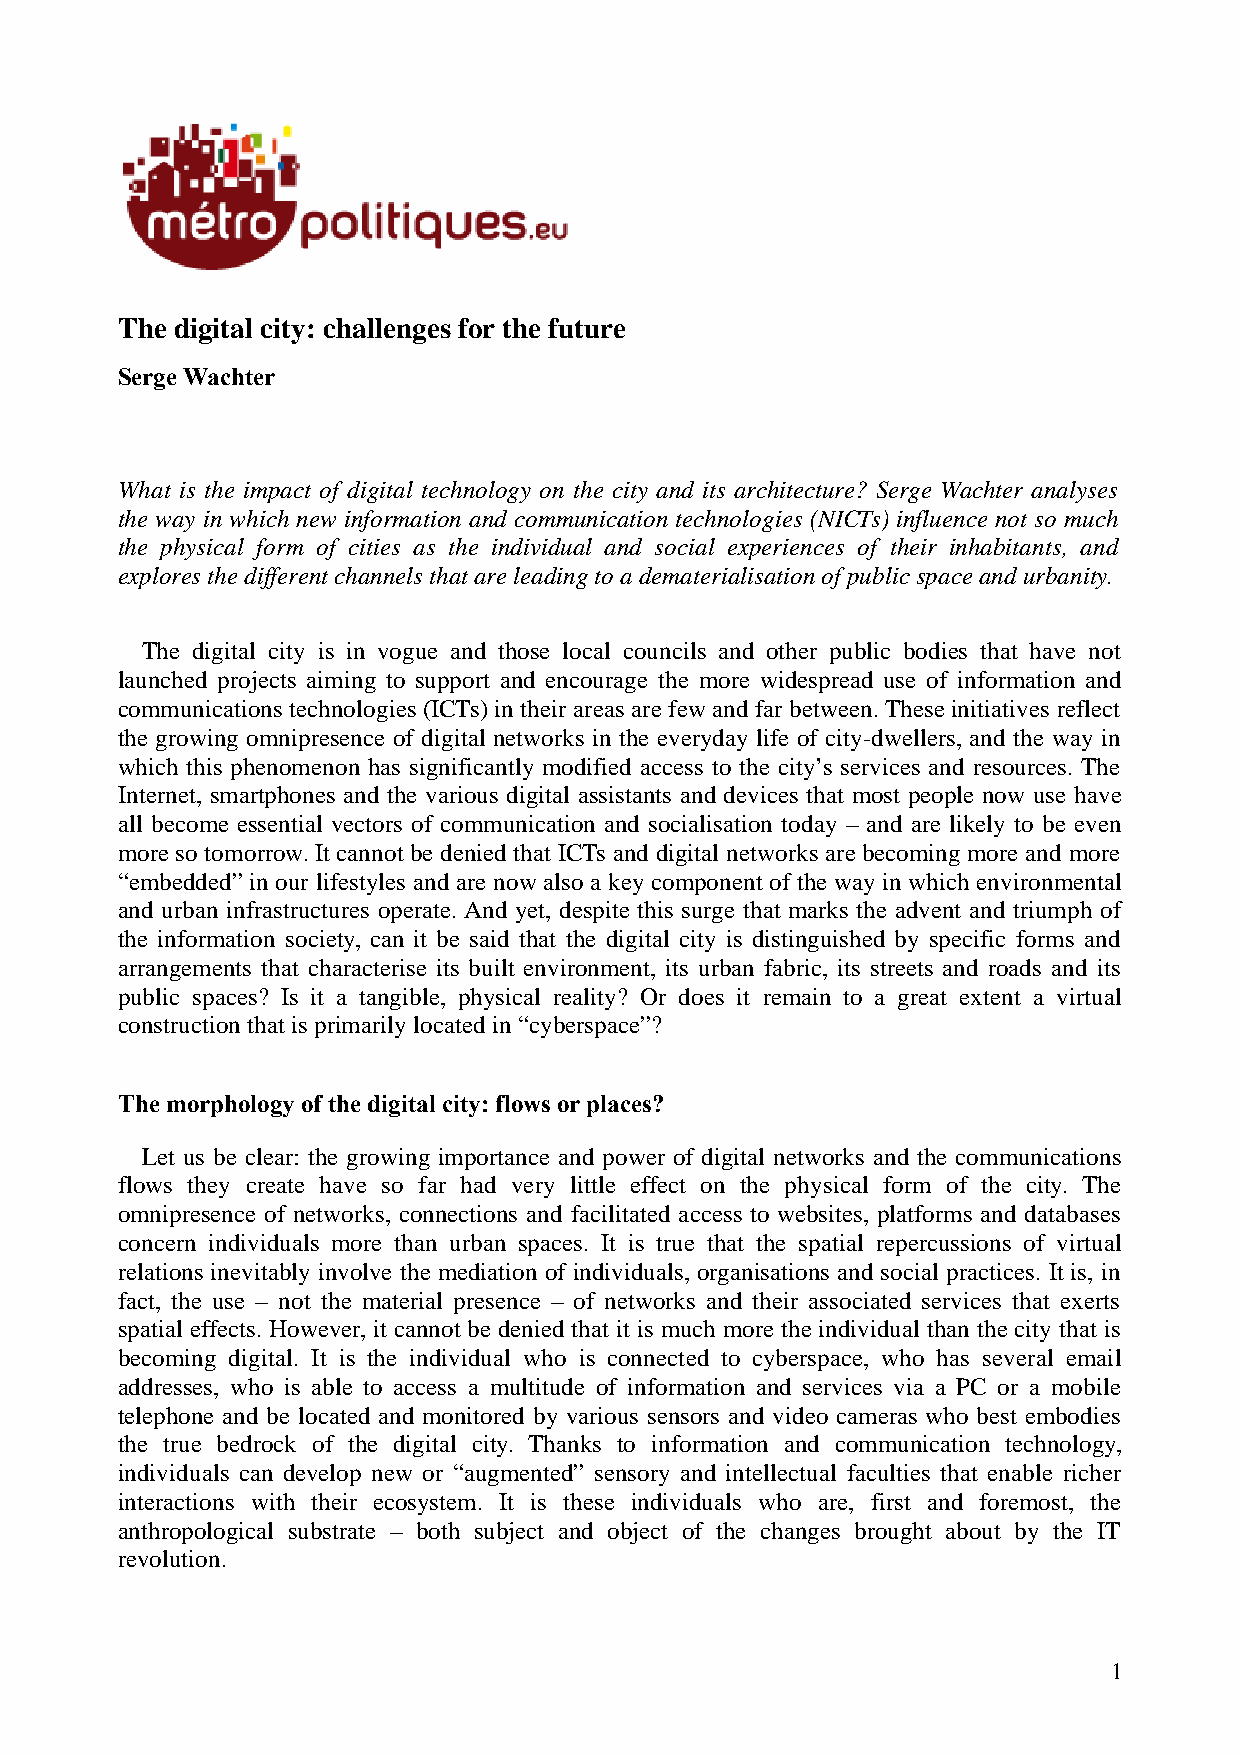
The digital city: challenges for the future
 Serge Wachter
 What is the impact of digital technology on the city and its architecture? Serge Wachter analyses
 the way in which new information and communication technologies (NICTs) influence not so much
 the physical form of cities as the individual and social experiences of their inhabitants, and
 explores the different channels that are leading to a dematerialisation of public space and urbanity.
 The digital city is in vogue and those local councils and other public bodies that have not
 launched projects aiming to support and encourage the more widespread use of information and
 communications technologies (ICTs) in their areas are few and far between. These initiatives reflect
 the growing omnipresence of digital networks in the everyday life of city-dwellers, and the way in
 which this phenomenon has significantly modified access to the city’s services and resources. The
 Internet, smartphones and the various digital assistants and devices that most people now use have
 all become essential vectors of communication and socialisation today – and are likely to be even
 more so tomorrow. It cannot be denied that ICTs and digital networks are becoming more and more
 “embedded” in our lifestyles and are now also a key component of the way in which environmental
 and urban infrastructures operate. And yet, despite this surge that marks the advent and triumph of
 the information society, can it be said that the digital city is distinguished by specific forms and
 arrangements that characterise its built environment, its urban fabric, its streets and roads and its
 public spaces? Is it a tangible, physical reality? Or does it remain to a great extent a virtual
 construction that is primarily located in “cyberspace”?
 The morphology of the digital city: flows or places?
 Let us be clear: the growing importance and power of digital networks and the communications
 flows they create have so far had very little effect on the physical form of the city. The
 omnipresence of networks, connections and facilitated access to websites, platforms and databases
 concern individuals more than urban spaces. It is true that the spatial repercussions of virtual
 relations inevitably involve the mediation of individuals, organisations and social practices. It is, in
 fact, the use – not the material presence – of networks and their associated services that exerts
 spatial effects. However, it cannot be denied that it is much more the individual than the city that is
 becoming digital. It is the individual who is connected to cyberspace, who has several email
 addresses, who is able to access a multitude of information and services via a PC or a mobile
 telephone and be located and monitored by various sensors and video cameras who best embodies
 the true bedrock of the digital city. Thanks to information and communication technology,
 individuals can develop new or “augmented” sensory and intellectual faculties that enable richer
 interactions with their ecosystem. It is these individuals who are, first and foremost, the
 anthropological substrate – both subject and object of the changes brought about by the IT
 revolution.
 1